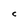
Character: C